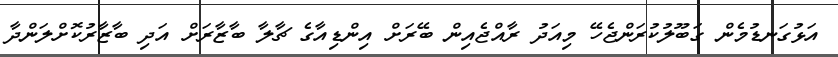
އަޅުގަނޑުމެން ގަބޫލުކުރަންޖެހޭ މިއަދު ރާއްޖެއިން ބޭރަށް އިންޑިއާގެ ޗާލާ ބާޒާރަށް އަދި ބާޒާރުކޮށްލަންދާ